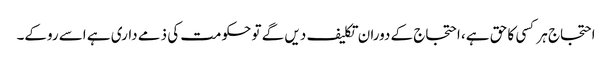
احتجاج ہر کسی کا حق ہے، احتجاج کے دوران تکلیف دیں گے تو حکومت کی ذمے داری ہے اسے روکے۔